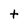
Character: t